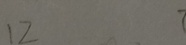
1 2